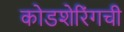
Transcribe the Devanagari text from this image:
कोडशेरिंगची